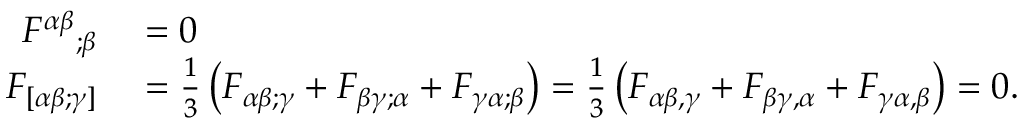
\begin{array} { r l } { { F ^ { \alpha \beta } } _ { ; \beta } } & { { } = 0 } \\ { F _ { [ \alpha \beta ; \gamma ] } } & { { } = { \frac { 1 } { 3 } } \left( F _ { \alpha \beta ; \gamma } + F _ { \beta \gamma ; \alpha } + F _ { \gamma \alpha ; \beta } \right) = { \frac { 1 } { 3 } } \left( F _ { \alpha \beta , \gamma } + F _ { \beta \gamma , \alpha } + F _ { \gamma \alpha , \beta } \right) = 0 . } \end{array}